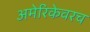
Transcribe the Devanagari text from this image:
अमेरिकेवरच